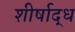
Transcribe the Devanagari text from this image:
शीर्षाद्ध